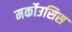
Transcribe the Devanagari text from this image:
मर्कोउसिस